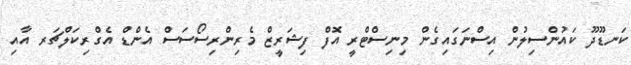
ކަނޑޫދޫ ކައުންސިލުން އިސްނަގައިގެން މިނިސްޓްރީ އޮފް ފިޝަރީޒް މެރިންރިސޯސަސް އެންޑް އެގްރިކަލްޗަރ އާއި